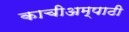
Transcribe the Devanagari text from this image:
काचीअम्पाठी